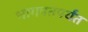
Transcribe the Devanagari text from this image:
भागपतपर्यंत